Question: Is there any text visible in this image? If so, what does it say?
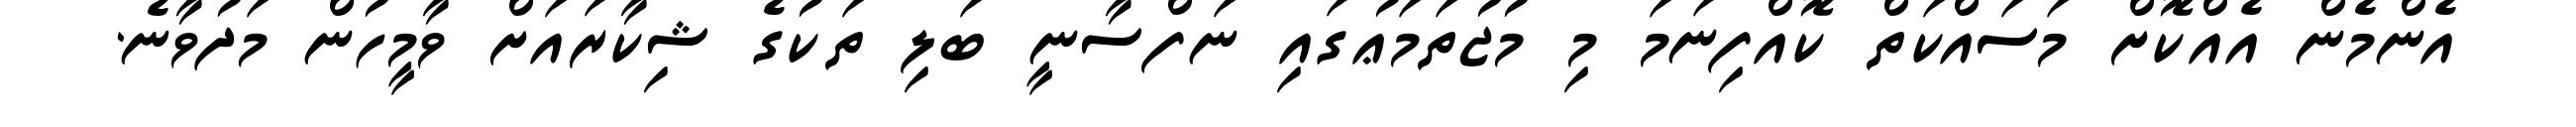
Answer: އެންމެން އެއްކޮށް މަސައްކަތް ކޮއްފިނަމަ މި މުޖުތަމަޢުގައި ނަފްސާނީ ބަލި ތަކުގެ ޝިކާރައަށް ވާމީހުން މަދުވާނެ.